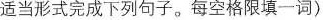
适当形式完成下列句子.每空格限填一词 )